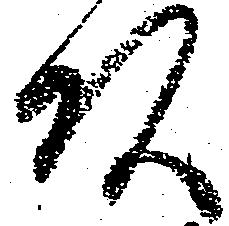
頭